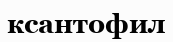
ксантофил